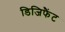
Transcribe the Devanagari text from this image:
डिजिफैंट